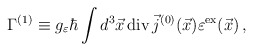
\begin{align*}\Gamma^{(1)} \equiv g_\varepsilon \hbar \int d^3\vec{x}\,{\rm div}\, \vec{j}^{(0)}(\vec{x}) \varepsilon^{\rm ex}(\vec{x}) \,,\end{align*}